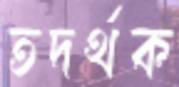
তদর্থক